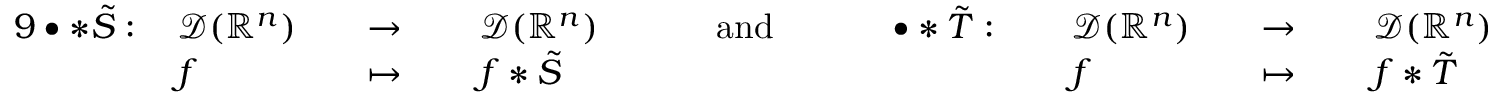
{ \begin{array} { r l r l r l r l r l r l r l r l } { { 9 } \bullet \ast { \tilde { S } } : \, } & { { \mathcal { D } } ( \mathbb { R } ^ { n } ) } & & { \to \, } & & { { \mathcal { D } } ( \mathbb { R } ^ { n } ) } & & { \quad { \mathrm { ~ a n d ~ } } \quad } & & { \bullet \ast { \tilde { T } } : \, } & & { { \mathcal { D } } ( \mathbb { R } ^ { n } ) } & & { \to \, } & & { { \mathcal { D } } ( \mathbb { R } ^ { n } ) } \\ & { f } & & { \mapsto \, } & & { f \ast { \tilde { S } } } & & { } & & { } & & { f } & & { \mapsto \, } & & { f \ast { \tilde { T } } } \end{array} }